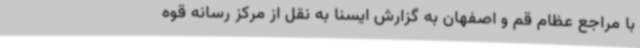
با مراجع عظام قم و اصفهان به گزارش ایسنا به نقل از مرکز رسانه قوه